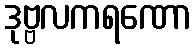
ဒုဗ္ဗလကရဏော